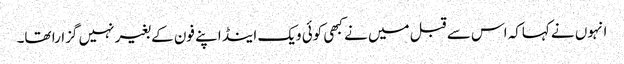
انہوں نے کہاکہ اس سے قبل میں نے کبھی کوئی ویک اینڈ اپنے فون کے بغیر نہیں گزارا تھا۔